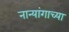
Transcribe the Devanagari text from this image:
नान्यांगाच्या